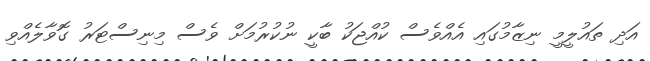
އަދި ތައުލީމީ ނިޒާމުގައި އެއްވެސް ކުއްޖަކު ބާކީ ނުކުރުމަށް ވެސް މިނިސްޓަރު ގޮވާލެއްވި